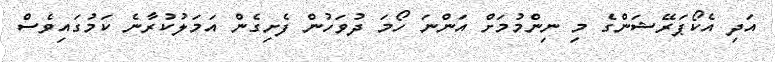
އަދި އެކޯޕަރޭޝަންގެ މި ނިންމުމަށް އަންނަ ހޯމަ ދުވަހުން ފެށިގެން އަމަލުކުރާނެ ކަމުގައިވެސް